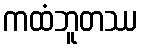
ကထံဘူတဿ